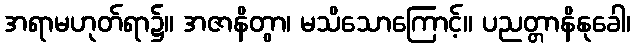
အရာမဟုတ်ရာ၌။ အဇာနိတွာ၊ မသိသောကြောင့်။ ပညတ္တာနိနုခေါ၊